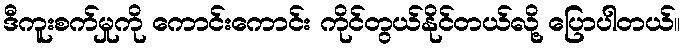
ဒီကူးစက်မှုကို ကောင်းကောင်း ကိုင်တွယ်နိုင်တယ်လို့ ပြောပါတယ်။